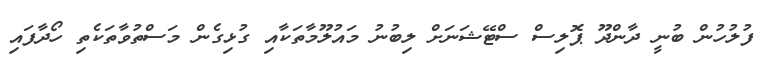
ފުލުހުން ބުނީ ދާންދޫ ޕޮލިސް ސްޓޭޝަނަށް ލިބުނު މައުލޫމާތަކާއި ގުޅިގެން މަސްތުވާތަކެތި ހޯދާފައި